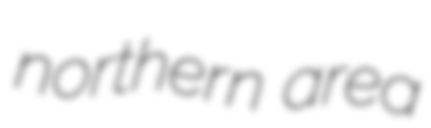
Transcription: northern area